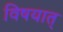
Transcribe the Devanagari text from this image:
विषयात्